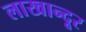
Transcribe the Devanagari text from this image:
लाखान्दूर